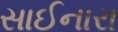
સાઈનારા